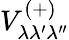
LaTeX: V_{\lambda\lambda^{\prime}\lambda^{\prime\prime}}^{(+)}